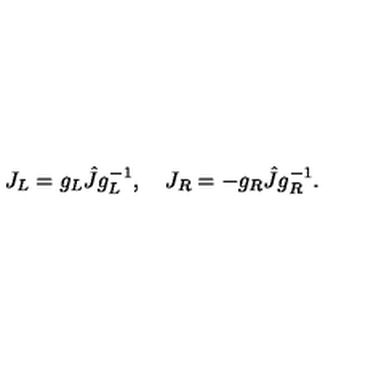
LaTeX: J _ { L } = g _ { L } \hat { J } g _ { L } ^ { - 1 } , \quad J _ { R } = - g _ { R } \hat { J } g _ { R } ^ { - 1 } .